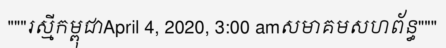
"""រស្មីកម្ពុជាApril 4, 2020, 3:00 amសមាគមសហព័ន្ធ"""